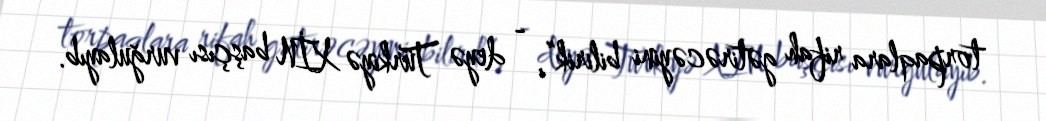
torpaqlara rifah gətirəcəyini bilirik”, - deyə Türkiyə XİN başçısı vurğulayıb.